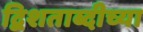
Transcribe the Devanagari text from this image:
द्विशताब्दीच्या